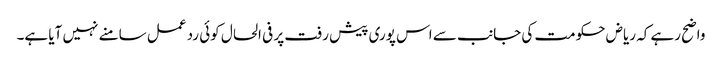
واضح رہے کہ ریاض حکومت کی جانب سے اس پوری پیش رفت پر فی الحال کوئی رد عمل سامنے نہیں آیا ہے۔